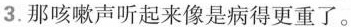
3. 那咳嗽声听起来像是病得更重了。